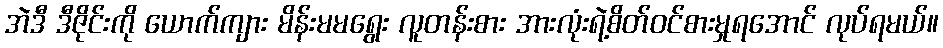
အဲဒီ ဒီဇိုင်းကို ယောက်ကျား မိန်းမမရွေး လူတန်းစား အားလုံးရဲ့စိတ်ဝင်စားမှုရအောင် လုပ်ရမယ်။